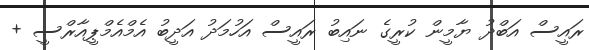
ރައީސް އަބްދު ޔާމީން ކުރީގެ ނައިބު ރައީސް އަހުމަދު އަދީބު އެމްއެމްޕީއާރްސީ +